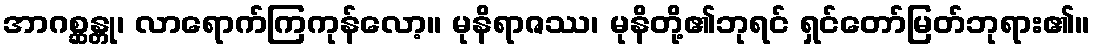
အာဂစ္ဆန္တု၊ လာရောက်ကြကုန်လော့။ မုနိရာဇဿ၊ မုနိတို့၏ဘုရင် ရှင်တော်မြတ်ဘုရား၏။